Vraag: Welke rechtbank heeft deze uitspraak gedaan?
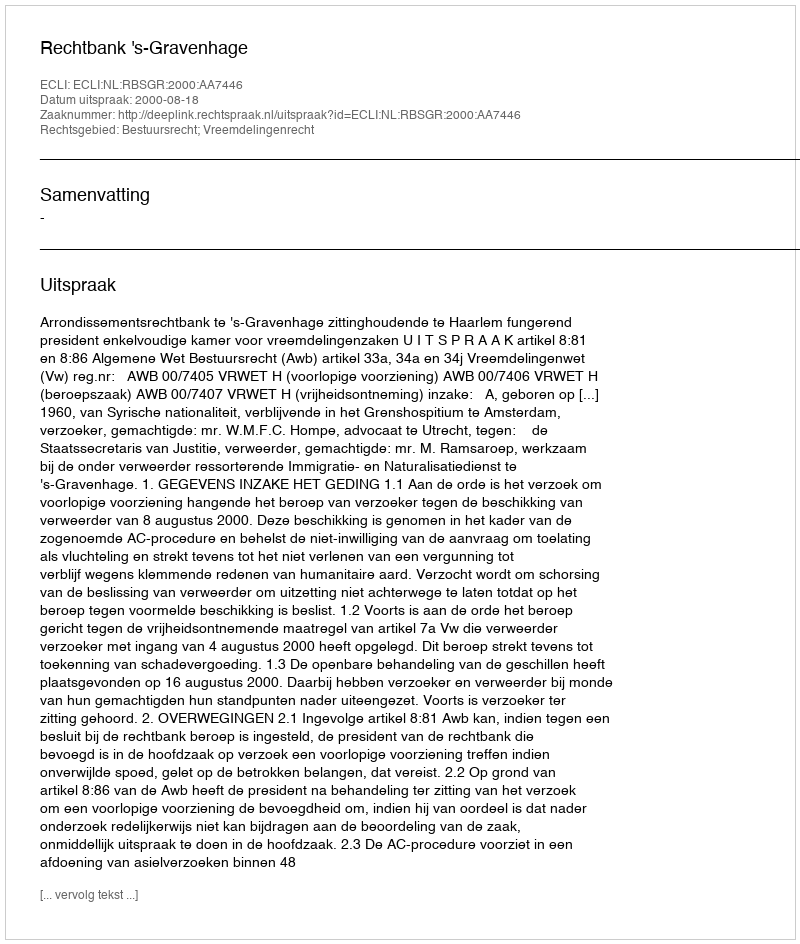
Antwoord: Rechtbank 's-Gravenhage